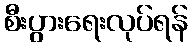
စီးပွားရေးလုပ်ရန်